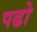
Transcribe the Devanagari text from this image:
पढो